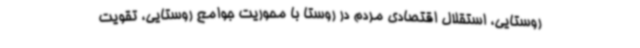
روستایی، استقلال اقتصادی مردم در روستا با محوریت جوامع روستایی، تقویت